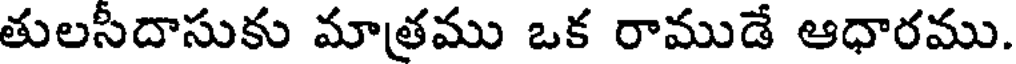
తులసీదాసుకు మాత్రము ఒక రాముడే ఆధారము.